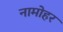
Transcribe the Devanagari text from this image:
नामोहर